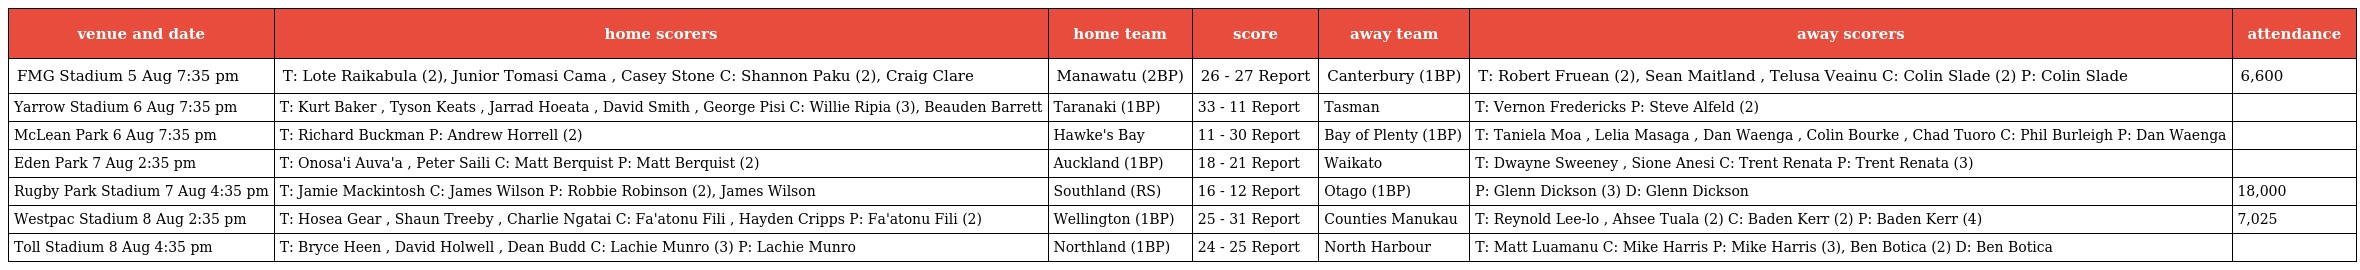
| venue and date | home scorers | home team | score | away team | away scorers | attendance |
 | --- | --- | --- | --- | --- | --- | --- |
 | FMG Stadium 5 Aug 7:35 pm | T: Lote Raikabula (2), Junior Tomasi Cama , Casey Stone C: Shannon Paku (2), Craig Clare | Manawatu (2BP) | 26 - 27 Report | Canterbury (1BP) | T: Robert Fruean (2), Sean Maitland , Telusa Veainu C: Colin Slade (2) P: Colin Slade | 6,600 |
 | Yarrow Stadium 6 Aug 7:35 pm | T: Kurt Baker , Tyson Keats , Jarrad Hoeata , David Smith , George Pisi C: Willie Ripia (3), Beauden Barrett | Taranaki (1BP) | 33 - 11 Report | Tasman | T: Vernon Fredericks P: Steve Alfeld (2) |  |
 | McLean Park 6 Aug 7:35 pm | T: Richard Buckman P: Andrew Horrell (2) | Hawke's Bay | 11 - 30 Report | Bay of Plenty (1BP) | T: Taniela Moa , Lelia Masaga , Dan Waenga , Colin Bourke , Chad Tuoro C: Phil Burleigh P: Dan Waenga |  |
 | Eden Park 7 Aug 2:35 pm | T: Onosa'i Auva'a , Peter Saili C: Matt Berquist P: Matt Berquist (2) | Auckland (1BP) | 18 - 21 Report | Waikato | T: Dwayne Sweeney , Sione Anesi C: Trent Renata P: Trent Renata (3) |  |
 | Rugby Park Stadium 7 Aug 4:35 pm | T: Jamie Mackintosh C: James Wilson P: Robbie Robinson (2), James Wilson | Southland (RS) | 16 - 12 Report | Otago (1BP) | P: Glenn Dickson (3) D: Glenn Dickson | 18,000 |
 | Westpac Stadium 8 Aug 2:35 pm | T: Hosea Gear , Shaun Treeby , Charlie Ngatai C: Fa'atonu Fili , Hayden Cripps P: Fa'atonu Fili (2) | Wellington (1BP) | 25 - 31 Report | Counties Manukau | T: Reynold Lee-lo , Ahsee Tuala (2) C: Baden Kerr (2) P: Baden Kerr (4) | 7,025 |
 | Toll Stadium 8 Aug 4:35 pm | T: Bryce Heen , David Holwell , Dean Budd C: Lachie Munro (3) P: Lachie Munro | Northland (1BP) | 24 - 25 Report | North Harbour | T: Matt Luamanu C: Mike Harris P: Mike Harris (3), Ben Botica (2) D: Ben Botica |  |